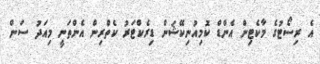
އެ ރިސޯޓުގެ މާކެޓިން އެންޑް ކޮމިއުނިކޭޝަން ޑިރެކްޓަރު ކެތްރިން އެންތަނީ މިއަދު ސަން